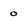
Character: 0